Civil Veterinary Department Bihar & Orissa reports 1911-21 - 1911-1921
Year: 1911
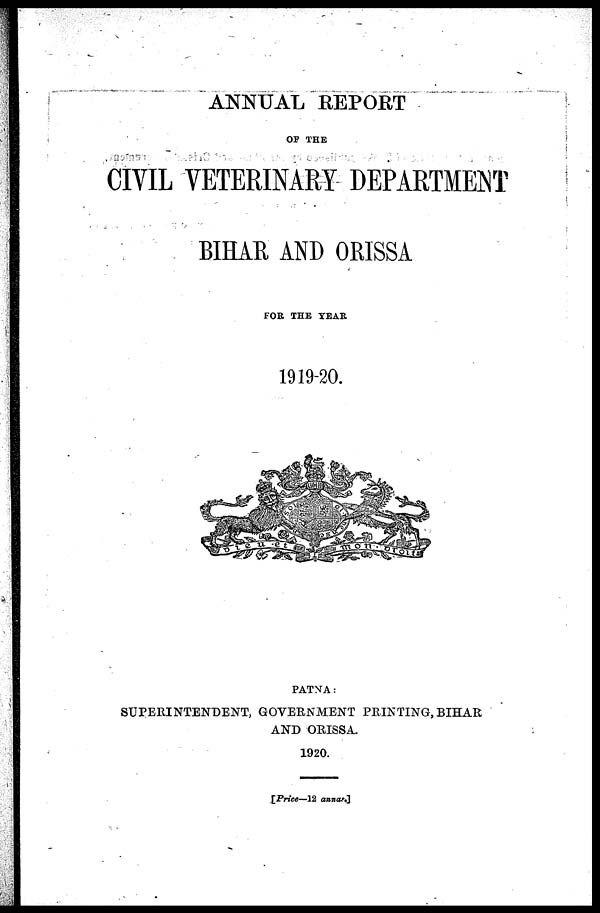
ANNUAL REPORT
OF THE
CIVIL VETERINARY DEPARTMENT
BIHAR AND ORISSA
FOR THE TEAR
1919-20.
PATNA:
SUPERINTENDENT, GOVERNMENT PRINTING, BIHAR
AND ORISSA.
1920.
[Price—12 anna.]